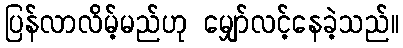
ပြန်လာလိမ့်မည်ဟု မျှော်လင့်နေခဲ့သည်။